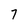
Character: 7